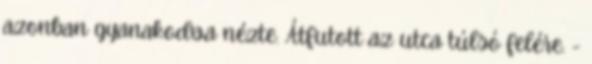
azonban gyanakodva nézte. Átfutott az utca túlsó felére. -